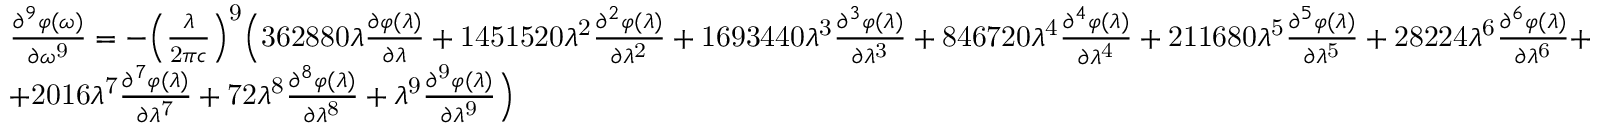
{ \begin{array} { l } { { \frac { { \partial } ^ { 9 } \varphi \mathrm { ( } \omega \mathrm { ) } } { \partial { \omega } ^ { \mathrm { 9 } } } } = { - } { \left( { \frac { \lambda } { \mathrm { 2 } \pi c } } \right) } ^ { \mathrm { 9 } } { \Bigl ( } \mathrm { 3 6 2 8 8 0 } \lambda { \frac { \partial \varphi \mathrm { ( } \lambda \mathrm { ) } } { \partial \lambda } } + \mathrm { 1 4 5 1 5 2 0 } { \lambda } ^ { \mathrm { 2 } } { \frac { { \partial } ^ { 2 } \varphi \mathrm { ( } \lambda \mathrm { ) } } { \partial { \lambda } ^ { \mathrm { 2 } } } } + \mathrm { 1 6 9 3 4 4 0 } { \lambda } ^ { \mathrm { 3 } } { \frac { { \partial } ^ { 3 } \varphi \mathrm { ( } \lambda \mathrm { ) } } { \partial { \lambda } ^ { \mathrm { 3 } } } } + \mathrm { 8 4 6 7 2 0 } { \lambda } ^ { \mathrm { 4 } } { \frac { { \partial } ^ { 4 } \varphi \mathrm { ( } \lambda \mathrm { ) } } { \partial { \lambda } ^ { \mathrm { 4 } } } } + \mathrm { 2 1 1 6 8 0 } { \lambda } ^ { \mathrm { 5 } } { \frac { { \partial } ^ { 5 } \varphi \mathrm { ( } \lambda \mathrm { ) } } { \partial { \lambda } ^ { \mathrm { 5 } } } } + \mathrm { 2 8 2 2 4 } { \lambda } ^ { \mathrm { 6 } } { \frac { { \partial } ^ { 6 } \varphi \mathrm { ( } \lambda \mathrm { ) } } { \partial { \lambda } ^ { \mathrm { 6 } } } } + } \\ { + \mathrm { 2 0 1 6 } { \lambda } ^ { \mathrm { 7 } } { \frac { { \partial } ^ { 7 } \varphi \mathrm { ( } \lambda \mathrm { ) } } { \partial { \lambda } ^ { \mathrm { 7 } } } } + \mathrm { 7 2 } { \lambda } ^ { \mathrm { 8 } } { \frac { { \partial } ^ { 8 } \varphi \mathrm { ( } \lambda \mathrm { ) } } { \partial { \lambda } ^ { \mathrm { 8 } } } } + { \lambda } ^ { \mathrm { 9 } } { \frac { \partial ^ { \mathrm { 9 } } \varphi \mathrm { ( } \lambda \mathrm { ) } } { \partial { \lambda } ^ { \mathrm { 9 } } } } { \Bigr ) } } \end{array} }